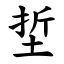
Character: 埑